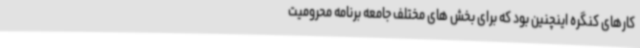
کارهای کنگره اینچنین بود که برای بخش های مختلف جامعه برنامه محرومیت